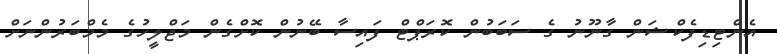
އެންޓިޑިފެކްޝަން ގާނޫނު ގެ ސަބަބުން ކޮރަޕްޓް ފައިސާ ބޭނުން ކޮށްގެން މަޖްލީހުގެ މެމްބަރުންނަށް